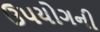
ઉપયોગની